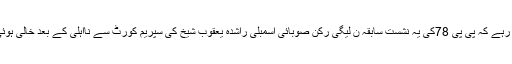
واضح رہے کہ پی پی 78کی یہ نشست سابقہ ن لیگی رکن صوبائی اسمبلی راشدہ یعقوب شیخ کی سپریم کورٹ سے نااہلی کے بعد خالی ہوئی تھی۔